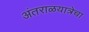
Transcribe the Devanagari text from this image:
अंतराळयात्रेचा